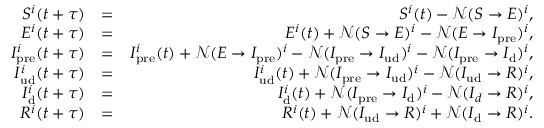
\begin{array} { r l r } { S ^ { i } ( t + \tau ) } & { = } & { S ^ { i } ( t ) - \mathcal { N } ( S \rightarrow E ) ^ { i } , } \\ { E ^ { i } ( t + \tau ) } & { = } & { E ^ { i } ( t ) + \mathcal { N } ( S \rightarrow E ) ^ { i } - \mathcal { N } ( E \rightarrow I _ { \mathrm { p r e } } ) ^ { i } , } \\ { I _ { \mathrm { p r e } } ^ { i } ( t + \tau ) } & { = } & { I _ { \mathrm { p r e } } ^ { i } ( t ) + \mathcal { N } ( E \rightarrow I _ { \mathrm { p r e } } ) ^ { i } - \mathcal { N } ( I _ { \mathrm { p r e } } \rightarrow I _ { \mathrm { u d } } ) ^ { i } - \mathcal { N } ( I _ { \mathrm { p r e } } \rightarrow I _ { \mathrm { d } } ) ^ { i } , } \\ { I _ { \mathrm { u d } } ^ { i } ( t + \tau ) } & { = } & { I _ { \mathrm { u d } } ^ { i } ( t ) + \mathcal { N } ( I _ { \mathrm { p r e } } \rightarrow I _ { \mathrm { u d } } ) ^ { i } - \mathcal { N } ( I _ { \mathrm { u d } } \rightarrow R ) ^ { i } , } \\ { I _ { \mathrm { d } } ^ { i } ( t + \tau ) } & { = } & { I _ { \mathrm { d } } ^ { i } ( t ) + \mathcal { N } ( I _ { \mathrm { p r e } } \rightarrow I _ { \mathrm { d } } ) ^ { i } - \mathcal { N } ( I _ { d } \rightarrow R ) ^ { i } , } \\ { R ^ { i } ( t + \tau ) } & { = } & { R ^ { i } ( t ) + \mathcal { N } ( I _ { \mathrm { u d } } \rightarrow R ) ^ { i } + \mathcal { N } ( I _ { \mathrm { d } } \rightarrow R ) ^ { i } . } \end{array}